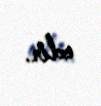
edir.